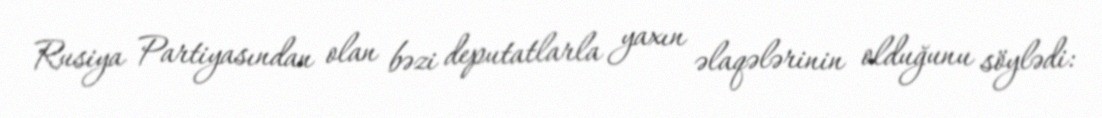
Rusiya Partiyasından olan bəzi deputatlarla yaxın əlaqələrinin olduğunu söylədi: